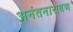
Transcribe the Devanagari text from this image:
अनंतनारायण